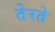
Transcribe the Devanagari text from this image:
तेरते